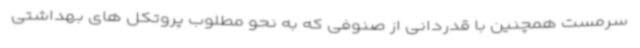
سرمست همچنین با قدردانی از صنوفی که به نحو مطلوب پروتکل های بهداشتی